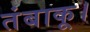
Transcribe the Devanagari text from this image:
तंबाकू।